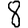
Digit: 8